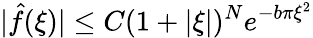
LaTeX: |{\hat{f}}(\xi)|\leq C(1+|\xi|)^{N}e^{-b\pi\xi^{2}}